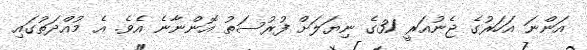
އަންނަ އަހަރުގެ ޖެނުއަރީ 31ގެ ނިޔަލަށް ފުރުސަތު އޮންނާނެ އެވެ. އެ މުއްދަތުގައި